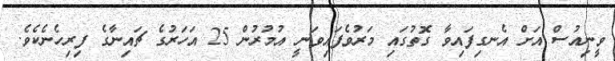
ވީނިއުސް އަށް އެނގިފައިވާ ގޮތުގައި މަރުވެފައިވަނީ އުމުރުން 25 އަހަރުގެ ޗައިނާގެ ފިރިހެނެކެވެ.